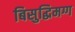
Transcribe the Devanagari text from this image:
बिसुद्धिमग्ग